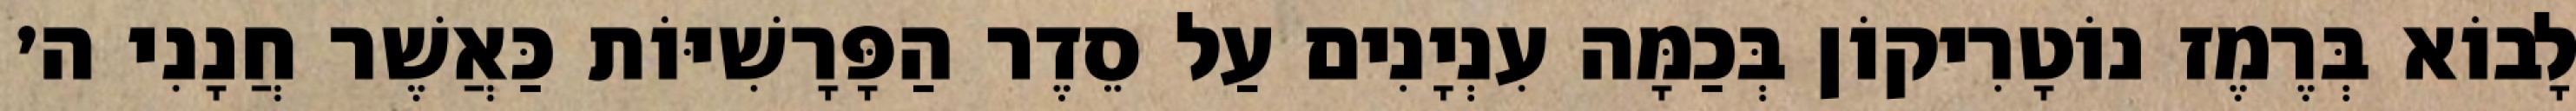
לָבוֹא בְּרֶמֶז נוֹטָרִיקוֹן בְּכַמָּה עִנְיָנִים עַל סֵדֶר הַפָּרָשִׁיּוֹת כַּאֲשֶׁר חֲנָנִי ה׳